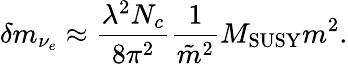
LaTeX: \delta m_{\nu_{e}}\approx{\frac{\lambda^{2}N_{c}}{8\pi^{2}}}{\frac{1}{\tilde{m}^{2}}}M_{\mathrm{SUSY}}m^{2}.